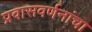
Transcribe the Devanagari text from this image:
प्रवासवर्णनांचा